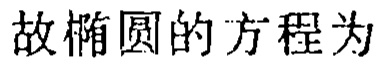
故椭圆的方程为